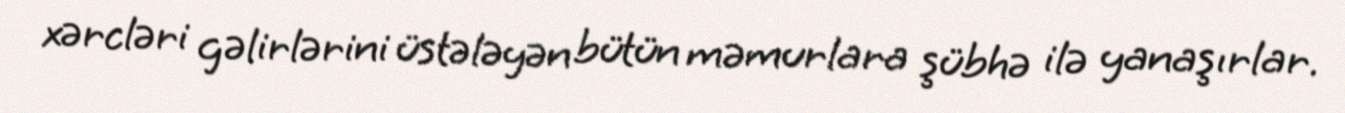
xərcləri gəlirlərini üstələyən bütün məmurlara şübhə ilə yanaşırlar.